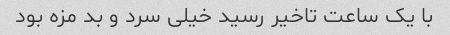
با یک ساعت تاخیر رسید خیلی سرد و بد مزه بود